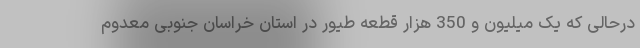
درحالی که یک میلیون و 350 هزار قطعه طیور در استان خراسان جنوبی معدوم